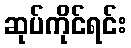
ဆုပ်ကိုင်ရင်း